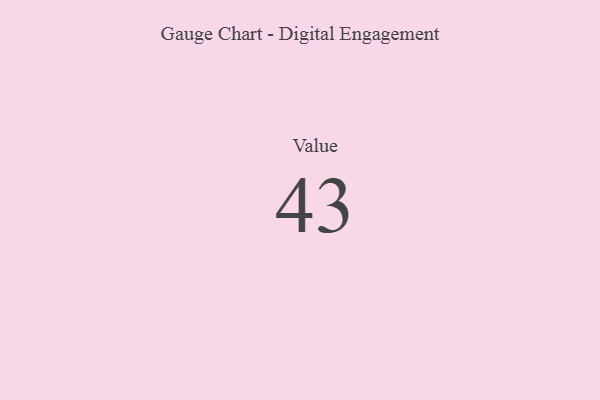
{"axis": {"x": "Metric", "y": "Value"}, "legend": [""], "data": [{"x": "Value", "y": 43, "type": ""}]}